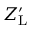
Z _ { \mathrm { L } } ^ { \prime }